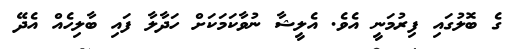
ގެ ބޮލުގައި ފިރުމަނީ އެވެ. އެލީޝާ ނުވާކަމަކަށް ހަދާލާ ފައި ބާލިހެއް އެދޭ